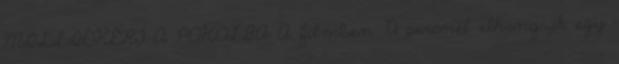
MILLIÓKÉRT A POKOLBA A filmben 72 percnél elhangzik egy